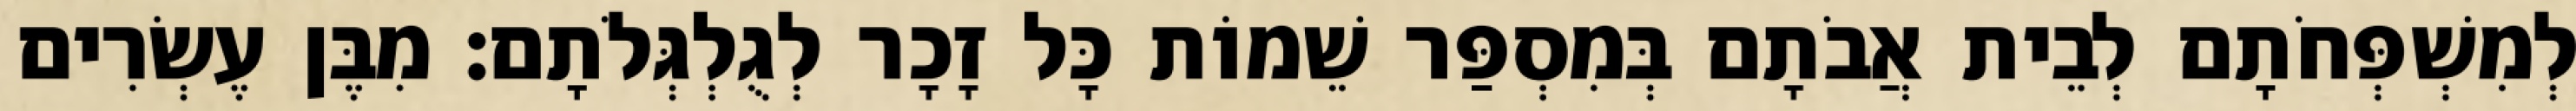
לְמִשְׁפְּחֹתָם לְבֵית אֲבֹתָם בְּמִסְפַּר שֵׁמוֹת כָּל זָכָר לְגֻלְגְּלֹתָם׃ מִבֶּן עֶשְׂרִים